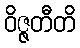
ဝိဇ္ဇတီတိ